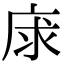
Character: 𢈝